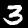
Label: 3